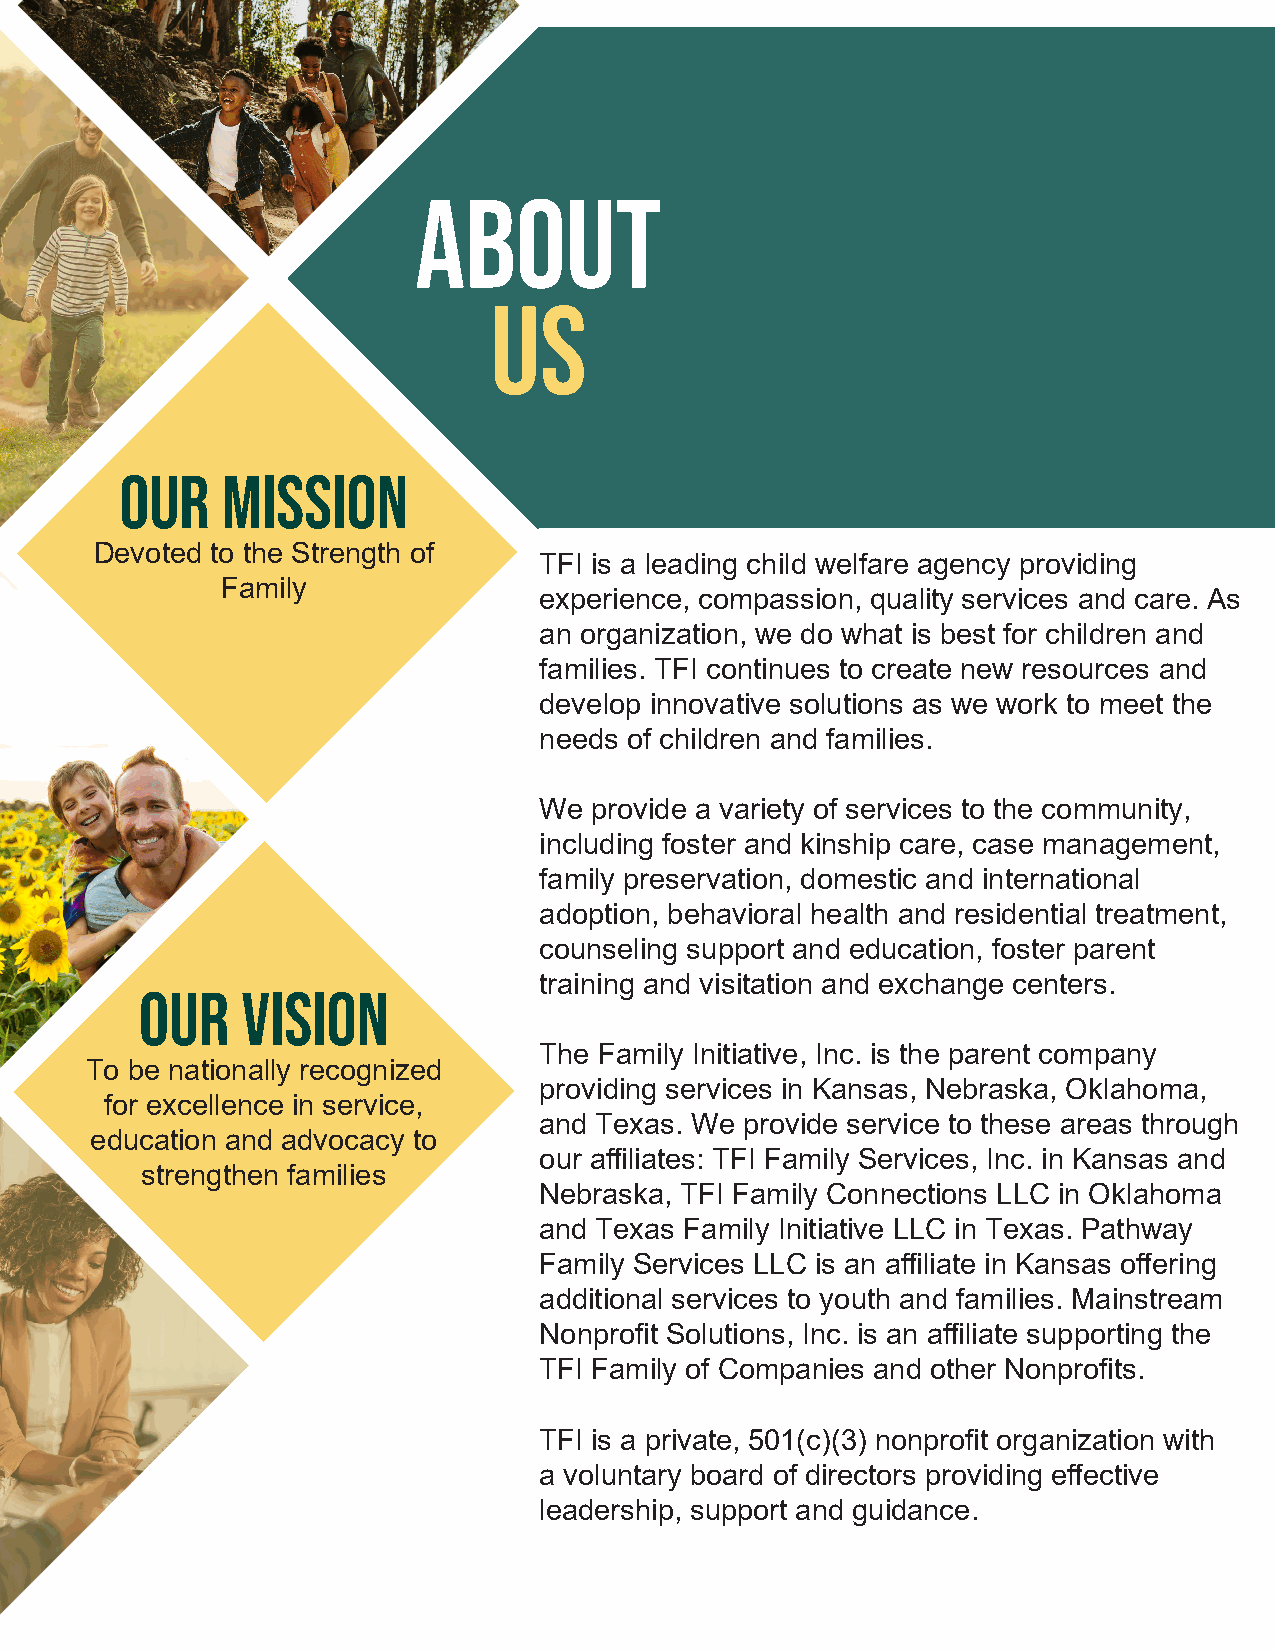
about
 us
 Our    Mission
 Devoted to the Strength of
 TFI is a leading child welfare agency providing
 Family
 experience, compassion, quality services and care. As
 an organization, we do what is best for children and
 families. TFI continues to create new resources and
 develop innovative solutions as we work to meet the
 needs of children and families.
 We provide a variety of services to the community,
 including foster and kinship care, case management,
 family preservation, domestic and international
 adoption, behavioral health and residential treatment,
 counseling support and education, foster parent
 training and visitation and exchange centers.
 Our    Vision
 The Family Initiative, Inc. is the parent company
 To be nationally recognized
 providing services in Kansas, Nebraska, Oklahoma,
 for excellence in service,
 and Texas. We provide service to these areas through
 education and advocacy to
 our affiliates: TFI Family Services, Inc. in Kansas and
 strengthen families
 Nebraska, TFI Family Connections LLC in Oklahoma
 and Texas Family Initiative LLC in Texas. Pathway
 Family Services LLC is an affiliate in Kansas offering
 additional services to youth and families. Mainstream
 Nonprofit Solutions, Inc. is an affiliate supporting the
 TFI Family of Companies and other Nonprofits.
 TFI is a private, 501(c)(3) nonprofit organization with
 a voluntary board of directors providing effective
 leadership, support and guidance.